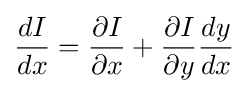
{dI \over dx}={\partial I \over \partial x}+{\partial I \over \partial y}{dy \over dx}